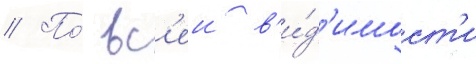
// По́ вс'еи в'и́д'имост'и